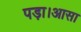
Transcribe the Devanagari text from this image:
पड़ा।आसा